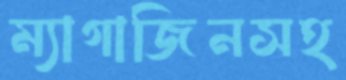
ম্যাগাজিনসহ